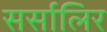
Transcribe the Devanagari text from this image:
सर्सालिर